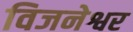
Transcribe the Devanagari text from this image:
विजनेश्वर